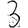
Digit: 2